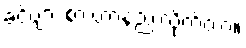
ခင်ဗျား စားတာနည်းလိုက်တာ။